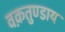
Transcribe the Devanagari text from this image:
वक़तुण्डाय